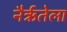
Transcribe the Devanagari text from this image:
नैर्ऋतेला